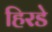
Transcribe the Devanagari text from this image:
हिरडे